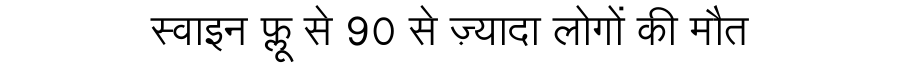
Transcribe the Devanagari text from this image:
स्वाइन फ्लू से 90 से ज़्यादा लोगों की मौत